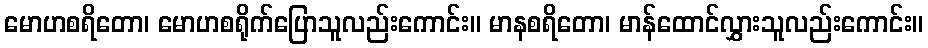
မောဟစရိတော၊ မောဟစရိုက်ပြောသူလည်းကောင်း။ မာနစရိတော၊ မာန်ထောင်လွှားသူလည်းကောင်း။